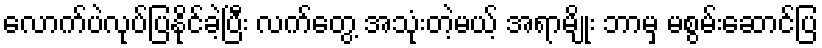
လောက်ပဲလုပ်ပြနိုင်ခဲ့ပြီး လက်တွေ့ အသုံးတဲ့မယ့် အရာမျိုး ဘာမှ မစွမ်းဆောင်ပြ